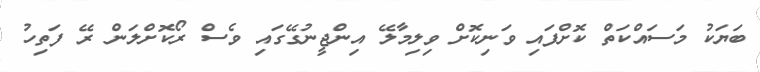
ބަޔަކު މަސައްކަތް ކޮށްފައި ވަނިކޮށް ވިލިމާލޭ އިންޖީނުގޭގައި ވެސް ރޯކޮށްލަން ރޭ ފަތިހު